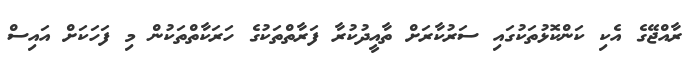
ރާއްޖޭގެ އެކި ކަންކޮޅުތަކުގައި ސަރުކާރަށް ތާއީދުކުރާ ފަރާތްތަކުގެ ހަރަކާތްތަކުން މި ފަހަކަށް އައިސް